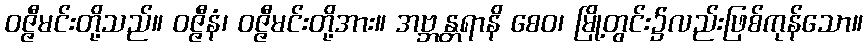
ဝဇ္ဇီမင်းတို့သည်။ ဝဇ္ဇီနံ၊ ဝဇ္ဇီမင်းတို့အား။ အဗ္ဘန္တရာနိ စေဝ၊ မြို့တွင်း၌လည်းဖြစ်ကုန်သော။